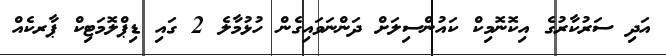
އަދި ސަރުކާރުގެ އިކޮނޮމިކް ކައުންސިލަށް ދަންނަވައިގެން ހުޅުމާލެ 2 ގައި ޑިޕްލޮމަޓިކް ޕާރކެއް